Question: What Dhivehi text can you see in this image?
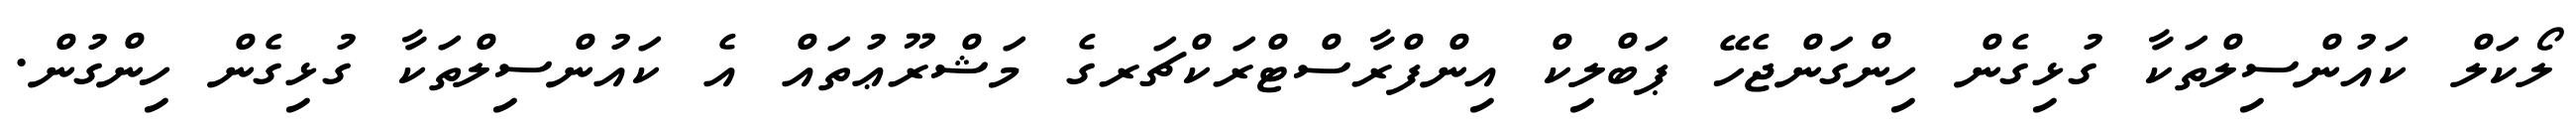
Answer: ލޯކަލް ކައުންސިލްތަކާ ގުޅިގެން ހިންގަންޖެހޭ ޕަބްލިކް އިންފްރާސްޓްރަކްޗަރގެ މަޝްރޫޢުތައް އެ ކައުންސިލްތަކާ ގުޅިގެން ހިންގުން.